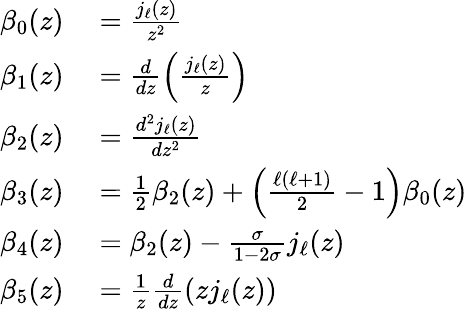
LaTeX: \begin{array}{rl}{\beta_{0}(z)}&{{}=\frac{j_{\ell}(z)}{z^{2}}}\\ {\beta_{1}(z)}&{{}=\frac{d}{dz}\left(\frac{j_{\ell}(z)}{z}\right)}\\ {\beta_{2}(z)}&{{}=\frac{d^{2}j_{\ell}(z)}{dz^{2}}}\\ {\beta_{3}(z)}&{{}=\frac{1}{2}\beta_{2}(z)+\left(\frac{\ell(\ell+1)}{2}-1\right)\beta_{0}(z)}\\ {\beta_{4}(z)}&{{}=\beta_{2}(z)-\frac{\sigma}{1-2\sigma}j_{\ell}(z)}\\ {\beta_{5}(z)}&{{}=\frac 1z\frac{d}{dz}(zj_{\ell}(z))}\end{array}